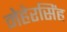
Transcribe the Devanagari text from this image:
मेहेरसिंह